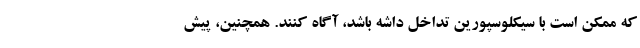
که ممکن است با سیکلوسپورین تداخل داشه باشد، آگاه کنند. همچنین، پیش